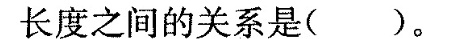
长度之间的关系是( )。